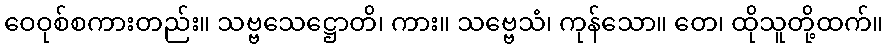
ဝေဝုစ်စကားတည်း။ သဗ္ဗသေဋ္ဌောတိ၊ ကား။ သဗ္ဗေသံ၊ ကုန်သော။ တေ၊ ထိုသူတို့ထက်။